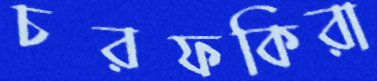
চরফকিরা